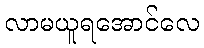
လာမယူရအောင်လေ